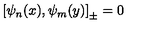
\left[ \psi _ { n } ( x ) , \psi _ { m } ( y ) \right] _ { \pm } = 0 \quad